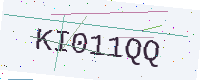
Text: KI011QQ